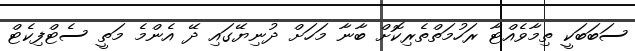
ސަބަބަކީ ތިމާވެއްޓާ ރަހުމަތްތެރިކޮށް ބާނާ މަހަށް ދުނިޔޭގައި ދޭ އެންމެ މަތީ ސެޓްފިކެޓް